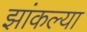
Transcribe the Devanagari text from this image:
झांकल्या